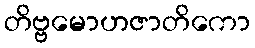
တိဗ္ဗမောဟဇာတိကော